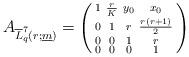
LaTeX: \begin{align*}A_{\overline{L}_q^{7}(r;\underline{m})}=\begin{psmallmatrix} 1& \frac{r}{K} & y_0 & x_0\\ 0 & 1 & r & \frac{r(r+1)}{2}\\ 0 & 0 & 1 & r\\ 0 & 0 & 0 & 1\end{psmallmatrix}\end{align*}